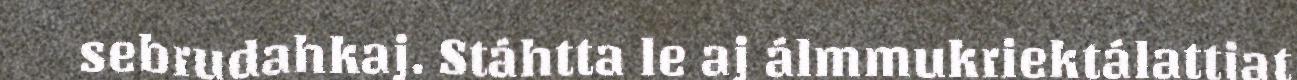
sebrudahkaj. Stáhtta le aj álmmukriektálattjat